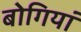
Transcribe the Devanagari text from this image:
बोगियां